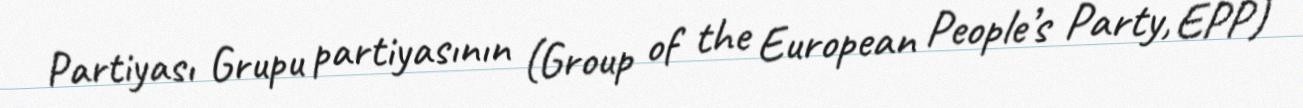
Partiyası Grupu partiyasının (Group of the European People’s Party, EPP)